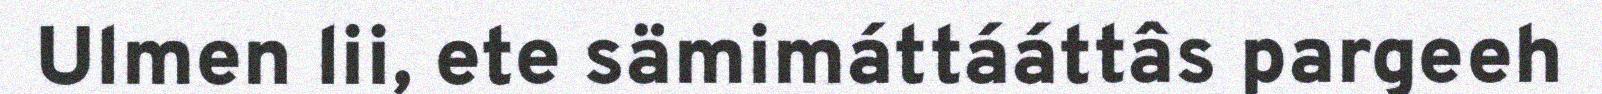
Ulmen lii, ete sämimáttááttâs pargeeh